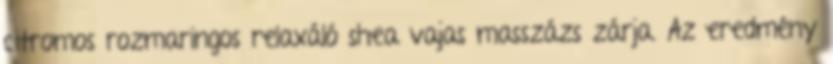
citromos rozmaringos relaxáló shea vajas masszázs zárja. Az eredmény